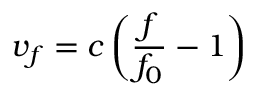
v _ { f } = c \left( { \frac { f } { f _ { 0 } } } - 1 \right)